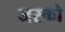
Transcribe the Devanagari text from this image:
जरको